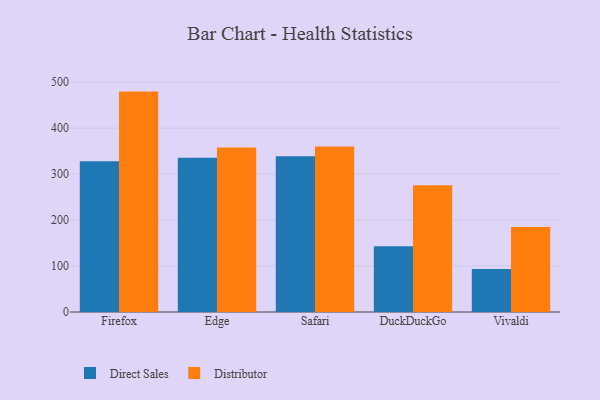
{"axis": {"x": "Browser", "y": "Temperature (°C)"}, "legend": ["Direct Sales", "Distributor"], "data": [{"x": "Firefox", "y": 328.0, "type": "Direct Sales"}, {"x": "Firefox", "y": 479.5, "type": "Distributor"}, {"x": "Edge", "y": 335.5, "type": "Direct Sales"}, {"x": "Edge", "y": 357.8, "type": "Distributor"}, {"x": "Safari", "y": 338.7, "type": "Direct Sales"}, {"x": "Safari", "y": 360.0, "type": "Distributor"}, {"x": "DuckDuckGo", "y": 142.8, "type": "Direct Sales"}, {"x": "DuckDuckGo", "y": 275.8, "type": "Distributor"}, {"x": "Vivaldi", "y": 93.8, "type": "Direct Sales"}, {"x": "Vivaldi", "y": 184.9, "type": "Distributor"}]}